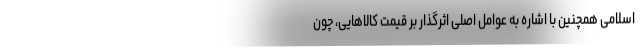
اسلامی همچنین با اشاره به عوامل اصلی اثرگذار بر قیمت کالاهایی، چون